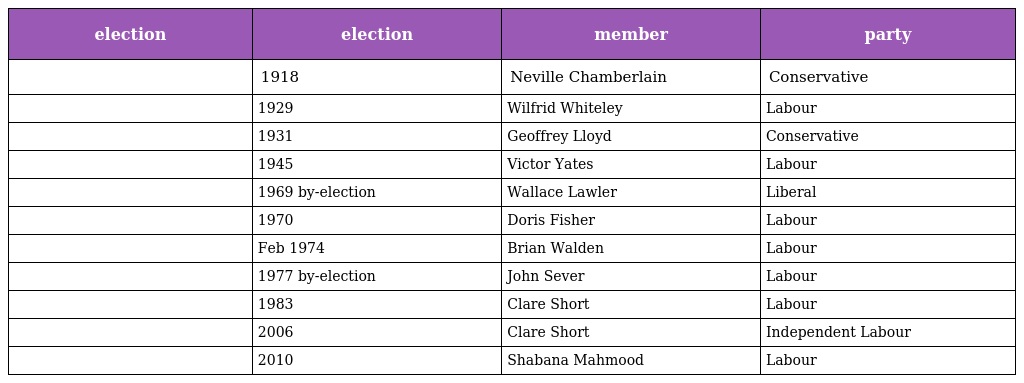
| election | election | member | party |
 | --- | --- | --- | --- |
 |  | 1918 | Neville Chamberlain | Conservative |
 |  | 1929 | Wilfrid Whiteley | Labour |
 |  | 1931 | Geoffrey Lloyd | Conservative |
 |  | 1945 | Victor Yates | Labour |
 |  | 1969 by-election | Wallace Lawler | Liberal |
 |  | 1970 | Doris Fisher | Labour |
 |  | Feb 1974 | Brian Walden | Labour |
 |  | 1977 by-election | John Sever | Labour |
 |  | 1983 | Clare Short | Labour |
 |  | 2006 | Clare Short | Independent Labour |
 |  | 2010 | Shabana Mahmood | Labour |